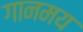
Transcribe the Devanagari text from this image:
गानमय